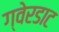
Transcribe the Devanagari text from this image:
ग्वेरडाट